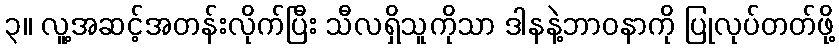
၃။ လူ့အဆင့်အတန်းလိုက်ပြီး သီလရှိသူကိုသာ ဒါနနဲ့ဘာဝနာကို ပြုလုပ်တတ်ဖို့